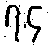
၇.၄